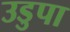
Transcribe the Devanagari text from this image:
उडुपा